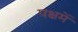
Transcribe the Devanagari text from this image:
पक्षमें